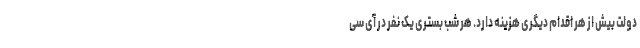
دولت بیش از هر اقدام دیگری هزینه دارد. هر شب بستری یک نفر در آی سی